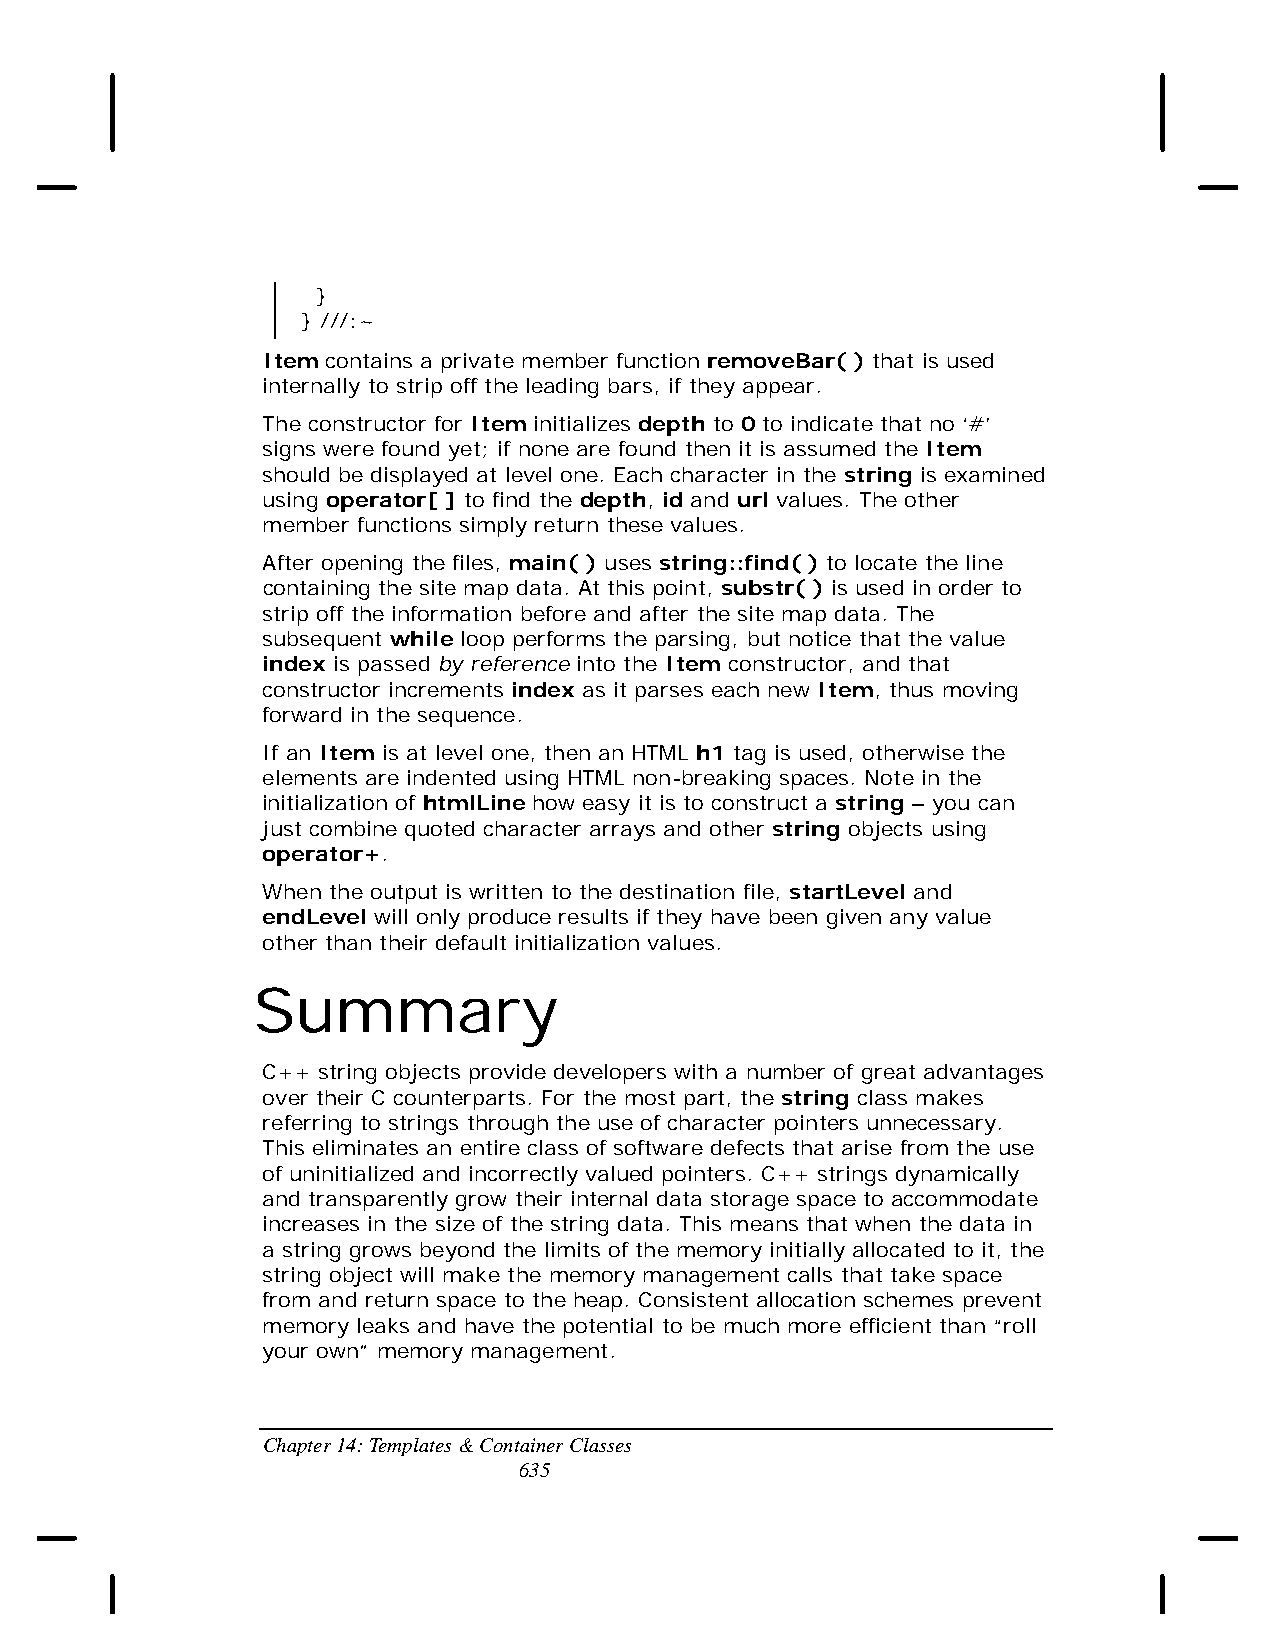
}
 } ///:~
 Item contains a private member function removeBar( ) that is used
 internally to strip off the leading bars, if they appear.
 The constructor for Item initializes depth to 0 to indicate that no ‘#’
 signs were found yet; if none are found then it is assumed the Item
 should be displayed at level one. Each character in the string is examined
 using operator[ ] to find the depth, id and url values. The other
 member functions simply return these values.
 After opening the files, main( ) uses string::find( ) to locate the line
 containing the site map data. At this point, substr( ) is used in order to
 strip off the information before and after the site map data. The
 subsequent while loop performs the parsing, but notice that the value
 index is passed by reference into the Item constructor, and that
 constructor increments index as it parses each new Item, thus moving
 forward in the sequence.
 If an Item is at level one, then an HTML h1 tag is used, otherwise the
 elements are indented using HTML non-breaking spaces. Note in the
 initialization of htmlLine how easy it is to construct a string – you can
 just combine quoted character arrays and other string objects using
 operator+.
 When the output is written to the destination file, startLevel and
 endLevel will only produce results if they have been given any value
 other than their default initialization values.
 Summary
 C++ string objects provide developers with a number of great advantages
 over their C counterparts. For the most part, the string class makes
 referring to strings through the use of character pointers unnecessary.
 This eliminates an entire class of software defects that arise from the use
 of uninitialized and incorrectly valued pointers. C++ strings dynamically
 and transparently grow their internal data storage space to accommodate
 increases in the size of the string data. This means that when the data in
 a string grows beyond the limits of the memory initially allocated to it, the
 string object will make the memory management calls that take space
 from and return space to the heap. Consistent allocation schemes prevent
 memory leaks and have the potential to be much more efficient than “roll
 your own” memory management.
 Chapter 14: Templates & Container Classes
 635